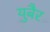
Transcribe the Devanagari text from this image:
युबैर